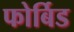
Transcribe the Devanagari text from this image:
फोर्बिड